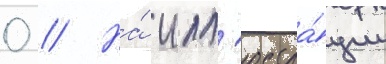
0 // На́ илл'юстра́ции